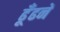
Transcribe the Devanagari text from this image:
ढूँढनें